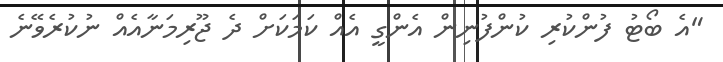
"އެ ބޯޓު ފުންކުރި ކުންފުނިން އެންގީ އެއް ކަމަކަށް ދެ ޖޫރިމަނާއެއް ނުކުރެވޭނެ